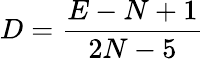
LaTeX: D={\frac{E-N+1}{2N-5}}